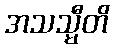
အသသ္မီတိ